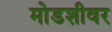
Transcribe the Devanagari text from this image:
मोडशीवर